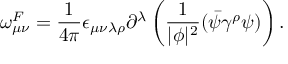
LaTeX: \omega _ { \mu \nu } ^ { F } = \frac { 1 } { 4 \pi } \epsilon _ { \mu \nu \lambda \rho } \partial ^ { \lambda } \left( \frac { 1 } { | \phi | ^ { 2 } } ( \bar { \psi } \gamma ^ { \rho } \psi ) \right) .